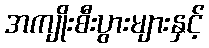
အကျိုးစီးပွားများနှင့်